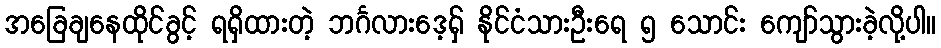
အခြေချနေထိုင်ခွင့် ရရှိထားတဲ့ ဘင်္ဂလားဒေ့ရှ် နိုင်ငံသားဦးရေ ၅ သောင်း ကျော်သွားခဲ့လို့ပါ။